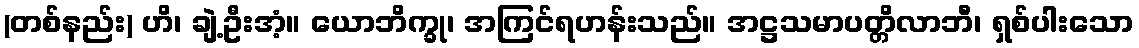
(တစ်နည်း) ဟိ၊ ချဲ့ဦးအံ့။ ယောဘိက္ခု၊ အကြင်ရဟန်းသည်။ အဋ္ဌသမာပတ္တိလာဘီ၊ ရှစ်ပါးသော